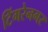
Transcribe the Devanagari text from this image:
टिंगरेनगर